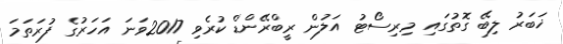
ޚަބަރު ލިބޭ ގޮތުގައި މިރިސޯޓު އަލުން ރީބްރޭންޑް ކުރެވި 2017ވަނަ އަހަރުގެ ފުރަތަމަ